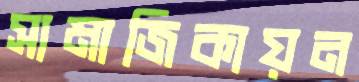
সামাজিকায়ন